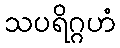
သပရိဂ္ဂဟံ